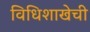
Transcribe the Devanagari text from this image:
विधिशाखेची